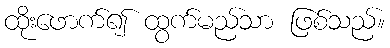
ထိုးဖောက်၍ ထွက်မည်သာ ဖြစ်သည်။